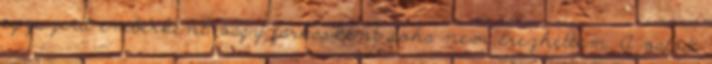
egyszerű emberként vagy farkasként soha nem érezhettem. A valódi